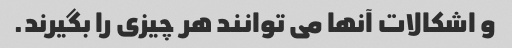
و اشکالات آنها می توانند هر چیزی را بگیرند.